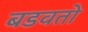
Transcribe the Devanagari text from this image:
बडवतो